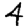
Digit: 4